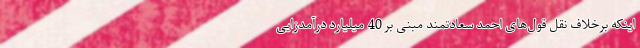
اینکه برخلاف نقل قول‌های احمد سعادتمند مبنی بر 40 میلیارد درآمدزایی